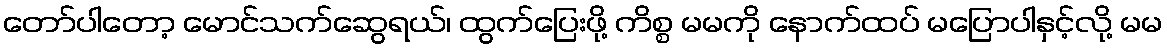
တော်ပါတော့ မောင်သက်ဆွေရယ်၊ ထွက်ပြေးဖို့ ကိစ္စ မမကို နောက်ထပ် မပြောပါနှင့်လို့ မမ